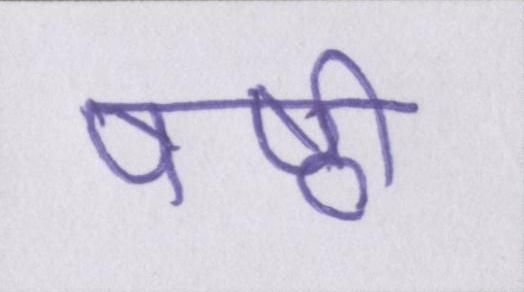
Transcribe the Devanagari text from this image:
षष्ठी